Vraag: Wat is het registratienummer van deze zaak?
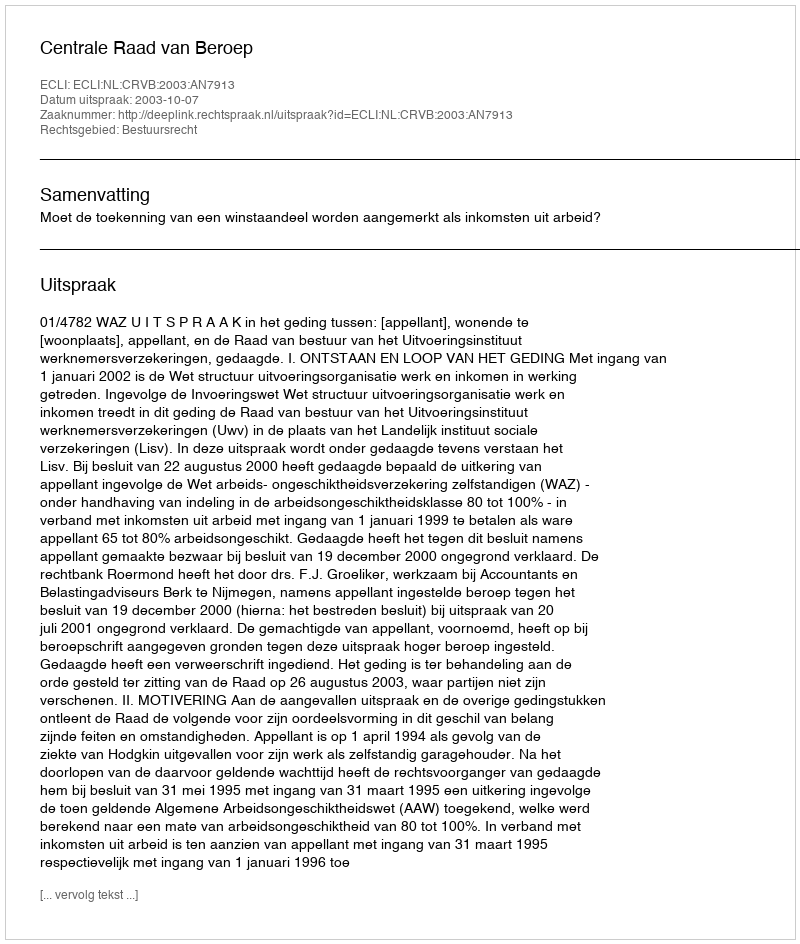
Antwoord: http://deeplink.rechtspraak.nl/uitspraak?id=ECLI:NL:CRVB:2003:AN7913